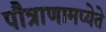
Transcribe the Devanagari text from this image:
पौत्राणामप्येते